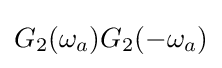
G_{2}(\omega _{a})G_{2}(-\omega _{a})